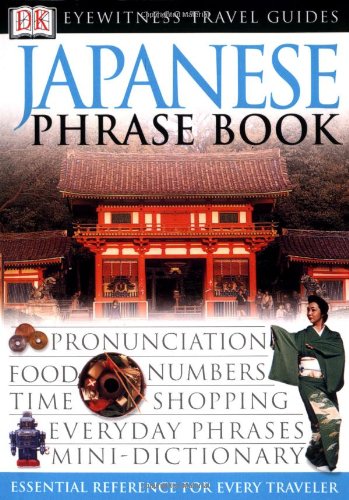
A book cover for Japanese Phrase Book (Eyewitness Travel Guide ); DK Publishing; Travel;